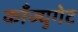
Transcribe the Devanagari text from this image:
काँज्युगेट